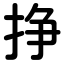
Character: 挣